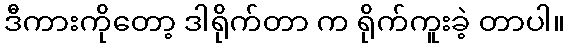
ဒီကားကိုတော့ ဒါရိုက်တာ က ရိုက်ကူးခဲ့ တာပါ။